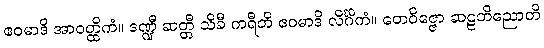
ဧဝမာဒိ အာဝတ္ထိကံ။ ဒဏ္ဍီ ဆတ္တီ သိခီ ကရီတိ ဧဝမာဒိ လိင်္ဂိကံ။ တေဝိဇ္ဇော ဆဠဘိညောတိ